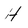
Character: H